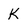
Character: K